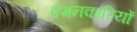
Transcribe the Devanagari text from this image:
दमनकारियों